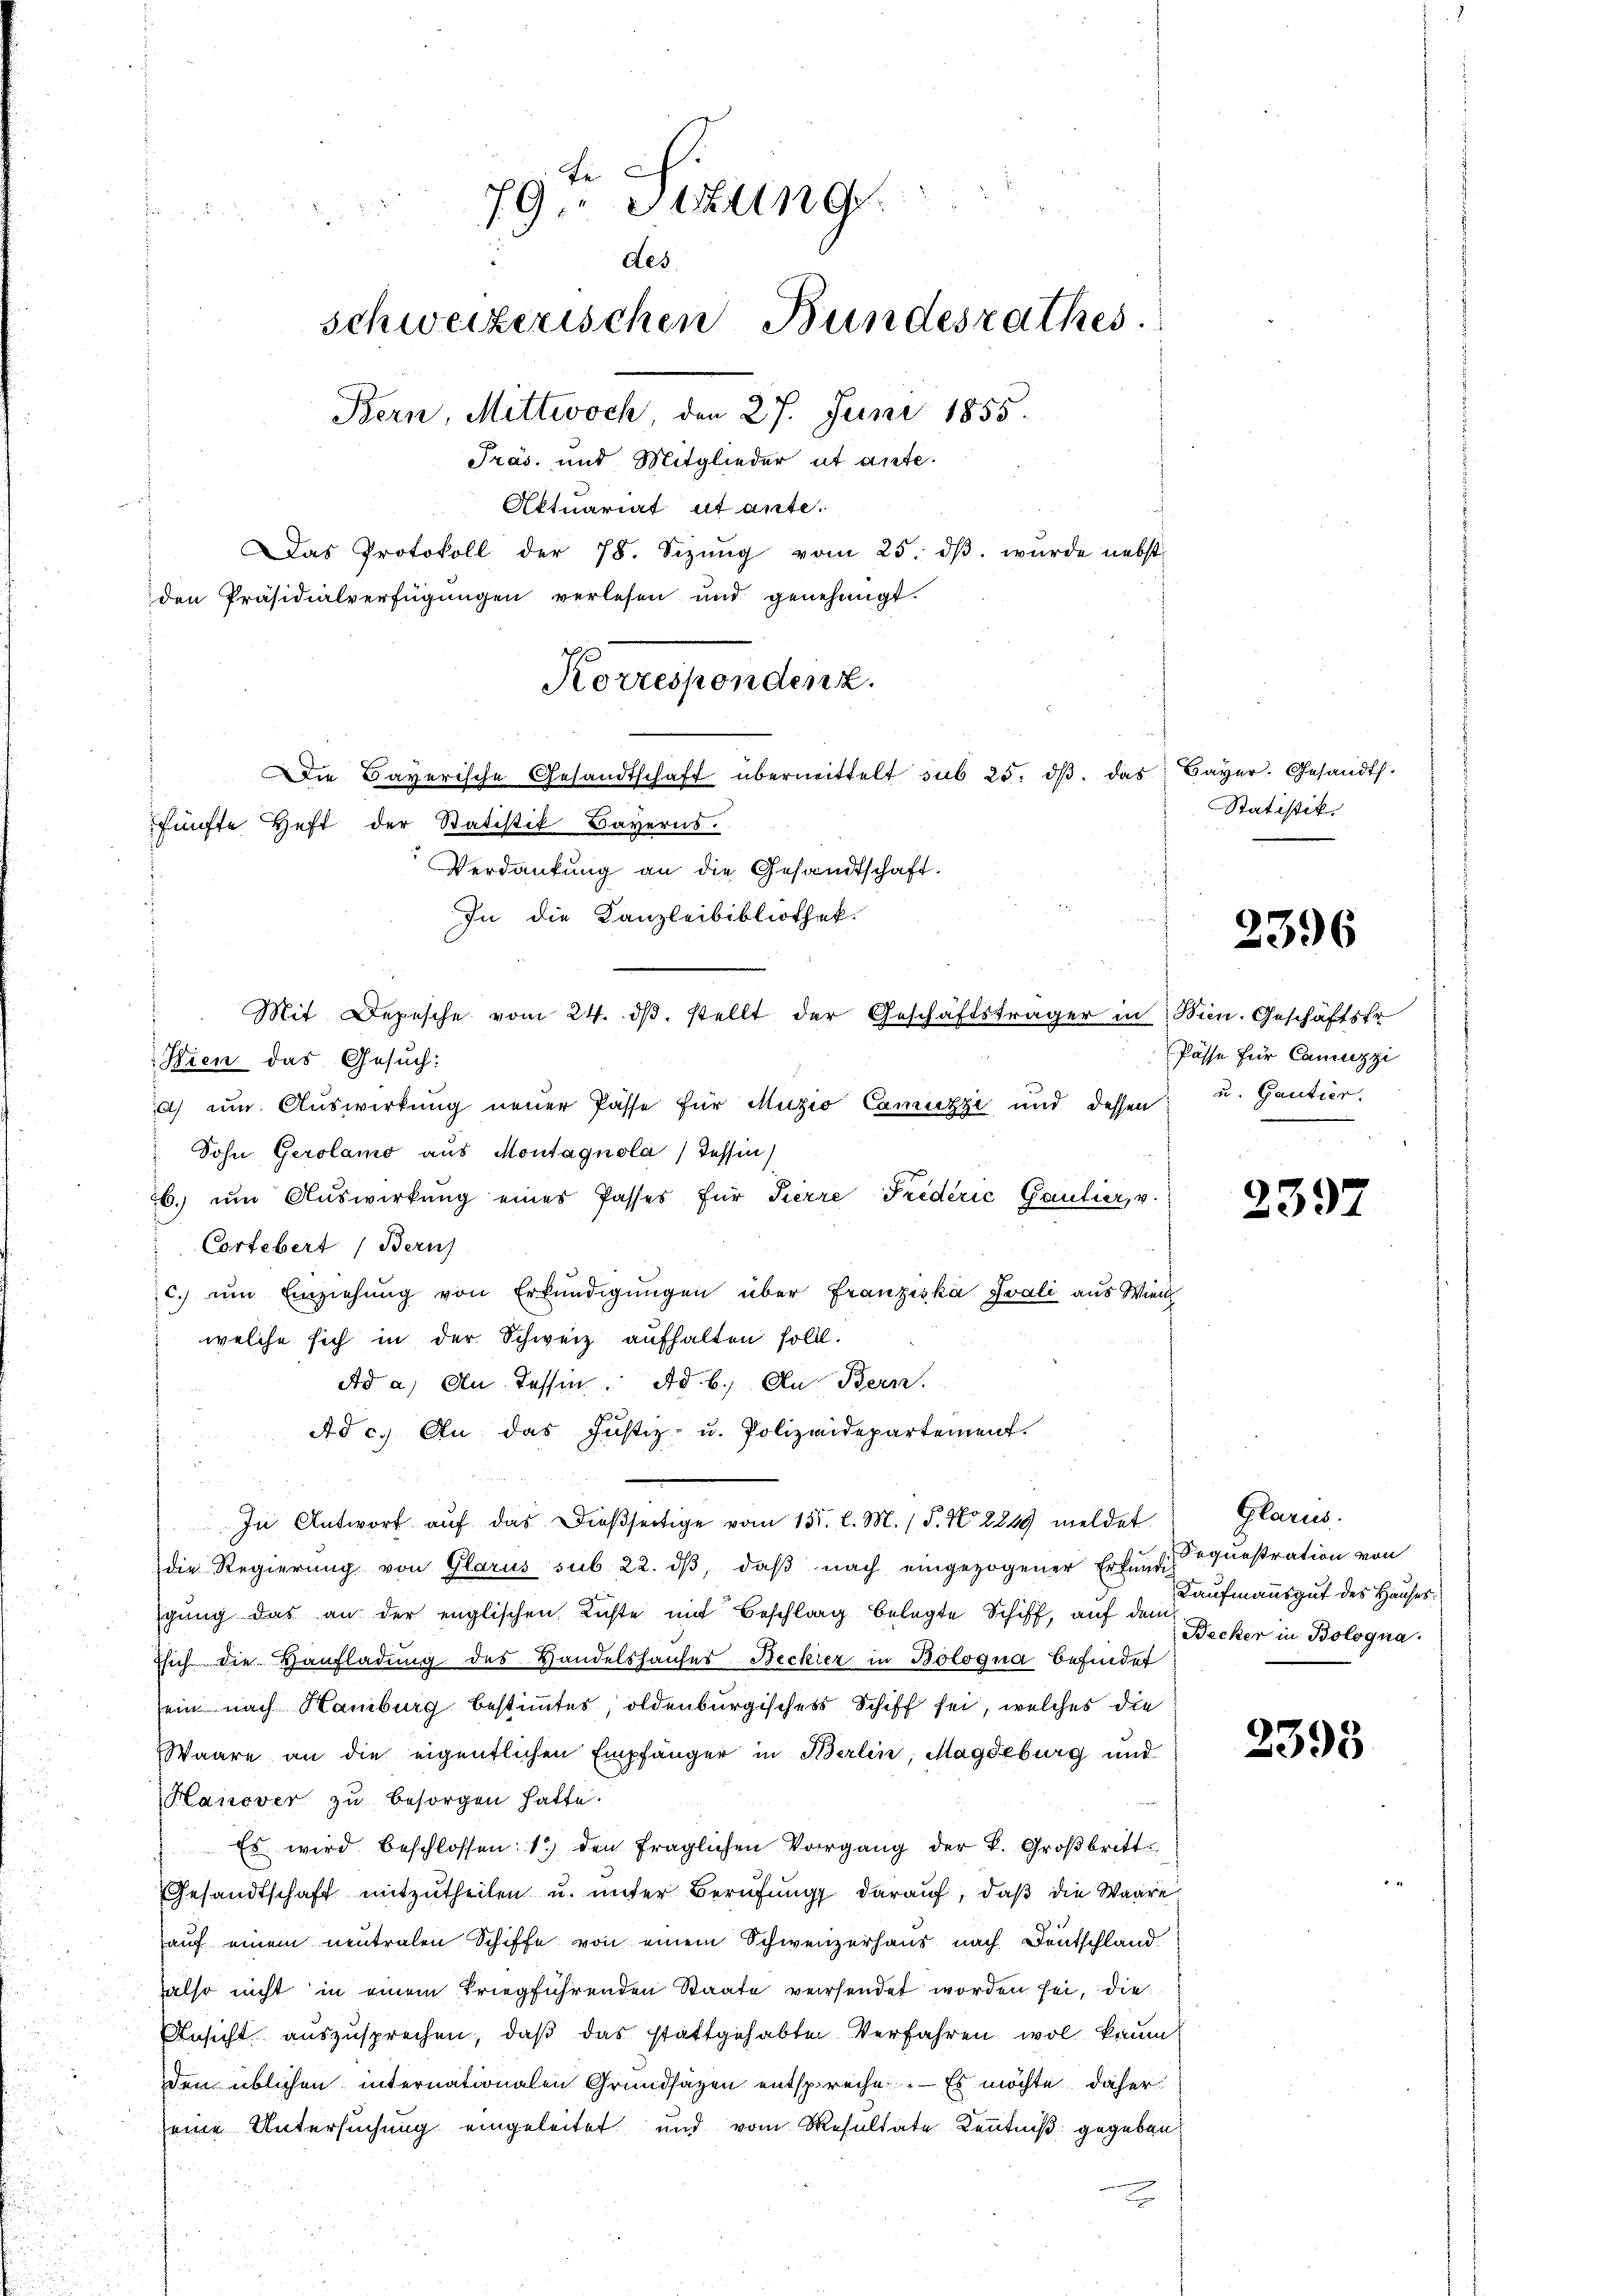
fünfte Heft der Statistik Bayerns.
Kien das Gesuch:
d) zum Auswirkung neuer Pässe für Muzio Camuzzi und dessen
Sohn Gerolamo aus Montagnola / dessen
b. um Auswirkung eines Passes für Tierre Friderić Gautier, v.
Cortebert (Bern)
c. ŭm Einziehŭng von Erkŭndigŭngen über Franziska Svali aus Wien
welche sich in der Schweiz aufhalten soll.
Ad a. An Tessin. Ad. b.) An Bern.
Ad c.) An das Justiz- u. Polizeidepartement.
In Antwort auf das dießseitige vom 155. l. M. / 5. No 2249 meldet
die Regierŭng von Glarus sub 22. dβ, daβ nach eingezogener Erkundige questration von
igung das an der englischen Lichte mit Beschlag belegte Schiff, auf dem
ssich die Haufladung des Handelshauses Becker in Bologna befindet
sein nach Hamburg bestimmtes, oldenburgisches Schiff sei, welches die
Waare an die eigentlichen Empfänger in Berlin, Magdeburg und
Hanover zu besorgen hatte.
 Es wird beschlossen: 1) den fraglichen Vorgang der k. Großbritt
Gesandtschaft mitzutheilen u. unter Berufung darauf, daß die Waare
auf einem neutralen Schiffe von einem Schweizerhaus nach Deutschland
also nicht in einem triegführenden Staate versendet worden sei, die
Ansicht auszusprechen, daß das stattgehabten Verfahren wol kaum
den üblichen internationalen Grundsazen entspreche. — Es möchte daher
eine Untersuchung eingeleitet und vom Resultate Kenntniß gegeben

79. Sitzung
des.
schweizerischen Bundesrathes
Bern, Mittwoch, den 27. Juni 1855.
Präs. und Mitglieder ut ante.
Aktuariat ut ante.
Das Protokoll der 78. Sizŭng vom 25. dβ. wurde nebst
den Präsidialverfügungen verlesen und genehmigt.

Korrespondenz.
Die Bayerische Gesandtschaft übermittelt sub 25. dβ das Bayer. Gesandt.

In die Kanzleibibliothek.

Verdankung an die Gesandtschaft.

Mit Depesche vom 24. dβ. stellt der Geschäftsträger in Wien. Geschäftsfr

Statistik.

2396

Pässe für Canuzzi
u. Gantier.

2397

Glarus.
Kaufmannsgut des Hauses.
Becker in Bologna

2398